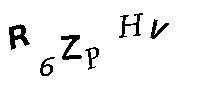
R6ZPHV